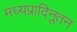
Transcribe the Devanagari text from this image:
मध्यप्रादिनूतन